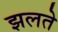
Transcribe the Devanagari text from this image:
झलते